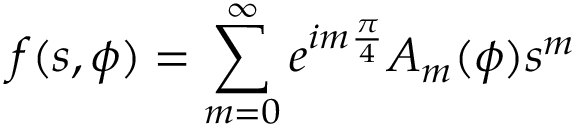
f ( s , \phi ) = \sum _ { m = 0 } ^ { \infty } e ^ { i m { \frac { \pi } { 4 } } } A _ { m } ( \phi ) s ^ { m }